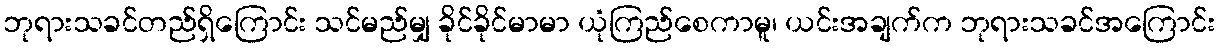
ဘုရားသခင်တည်ရှိကြောင်း သင်မည်မျှ ခိုင်ခိုင်မာမာ ယုံကြည်စေကာမူ၊ ယင်းအချက်က ဘုရားသခင်အကြောင်း